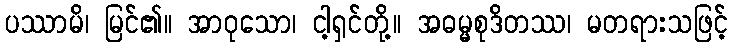
ပဿာမိ၊ မြင်၏။ အာဝုသော၊ ငါ့ရှင်တို့။ အဓမ္မစုဒိတဿ၊ မတရားသဖြင့်